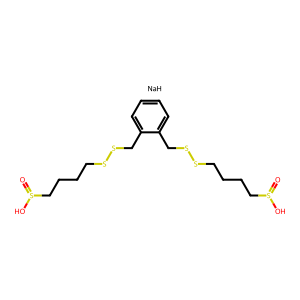
SMILES: O=S(O)CCCCSSCc1ccccc1CSSCCCCS(=O)O.[NaH]
Inhibits HIV replication: No